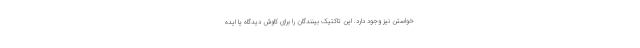
خواستن نیز وجود دارد. این تاکتیک بینندگان را برای کاوش دیدگاه یا ایده